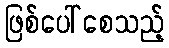
ဖြစ်ပေါ်စေသည့်